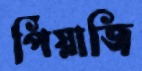
পিঁয়াজি